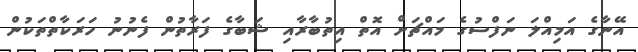
އޭނާގެ އަމިއްލަ ނަފްސުގެ މައްޗަށް އޮތް އިތުބާރާއި ޝަބާގެ ފަރާތުން ފެނުނު ހަރަކާތްތަކުން